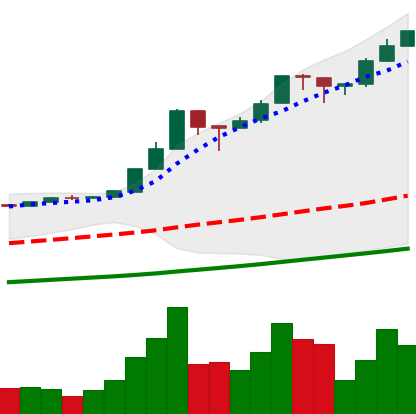
Ticker: BTC-USD
Chart end date: 2017-01-03
Forward return: -12.707%
Label: down_7plus